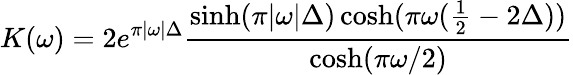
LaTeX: K(\omega)=2e^{\pi|\omega|\Delta}\frac{\sinh(\pi|\omega|\Delta)\cosh(\pi\omega(\frac{1}{2}-2\Delta))}{\cosh(\pi\omega/2)}